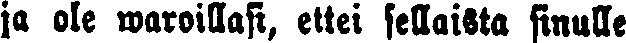
ja ole waroillasi, ettei sellaista sinulle